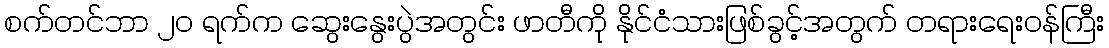
စက်တင်ဘာ ၂၀ ရက်က ဆွေးနွေးပွဲအတွင်း ဖာတီကို နိုင်ငံသားဖြစ်ခွင့်အတွက် တရားရေးဝန်ကြီး